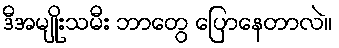
ဒီအမျိုးသမီး ဘာတွေ ပြောနေတာလဲ။